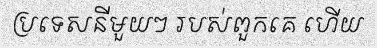
ប្រទេសនីមួយៗ របស់ពួកគេ ហើយ